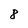
Character: 8